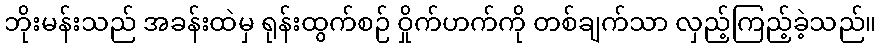
ဘိုးမန်းသည် အခန်းထဲမှ ရုန်းထွက်စဉ် ဝှိုက်ဟက်ကို တစ်ချက်သာ လှည့်ကြည့်ခဲ့သည်။